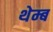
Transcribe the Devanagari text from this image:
थेम्ब